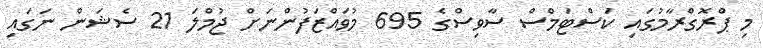
މި ޕްރޮގްރާމުގައި ކަސްޓަމްސް ސާވިސްގެ 695 މުވައްޒަފުންނަށް ޖުމްލަ 21 ސެޝަން ނަގައި